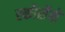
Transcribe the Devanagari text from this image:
स्कौर्सेसे